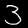
Digit: 3